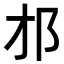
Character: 𨙴